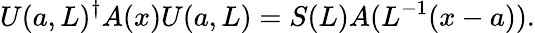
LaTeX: U(a,L)^{\dagger}A(x)U(a,L)=S(L)A(L^{-1}(x-a)).